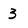
Character: 3